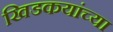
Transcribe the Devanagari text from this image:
खिडकयांच्या